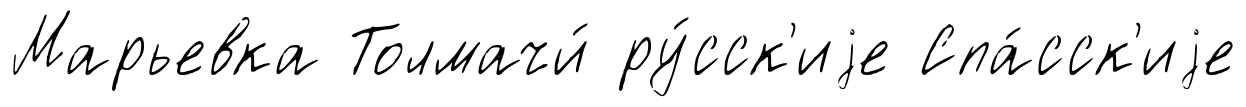
Марьевка Толмачи́ ру́сск'иjе Спа́сск'иjе